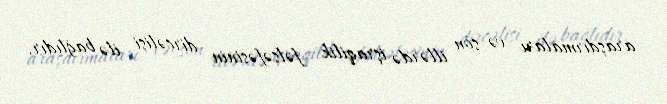
araşdırmaları və son illərdə işraqilik fəlsəfəsinin dirçəlişi ilə bağlıdır.